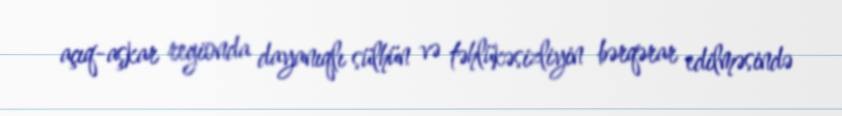
açıq-aşkar regionda dayanıqlı sülhün və təhlükəsizliyin bərqərar edilməsində